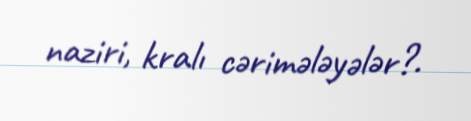
naziri, kralı cərimələyələr?.